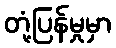
တုံ့ပြန်မှုမှာ